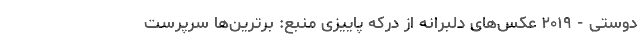
دوستی - ۲۰۱۹ عکس‌های دلبرانه از درکه‌ پاییزی منبع: برترین‌ها سرپرست